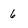
Character: 6